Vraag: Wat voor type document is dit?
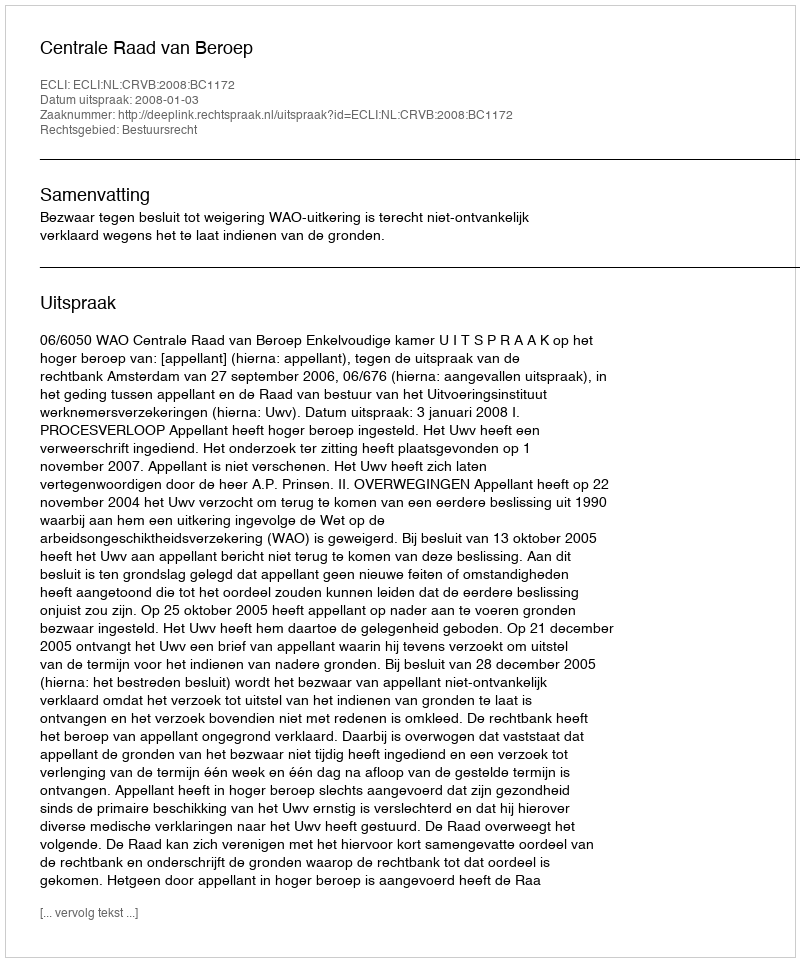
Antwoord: Uitspraak